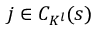
j \in C _ { K ^ { l } } ( s )